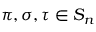
\pi , \sigma , \tau \in S _ { n }